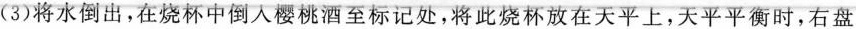
(3)将水倒出，在烧杯中倒入樱桃酒至标记处，将此烧杯放在天平上，天平平衡时，右盘